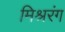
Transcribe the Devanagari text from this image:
मिश्ररंग